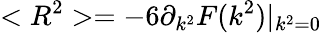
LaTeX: <R^{2}>=-6\partial_{k^{2}}F(k^{2})|_{k^{2}=0}